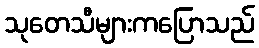
သုတေသီများကပြောသည်